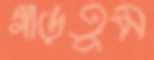
গাড়তুম